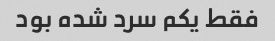
فقط یکم سرد شده بود